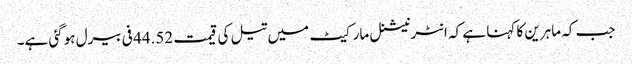
جب کہ ماہرین کا کہنا ہے کہ انٹرنیشنل مارکیٹ میں تیل کی قیمت 44.52 فی بیرل ہوگئی ہے۔